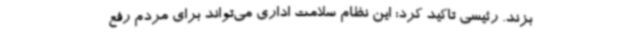
بزند. رئیسی تاکید کرد: این نظام سلامت اداری می‌تواند برای مردم رفع